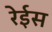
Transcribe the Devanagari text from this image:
रेईस